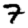
Digit: 7